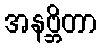
အနဗ္ဘိတာ